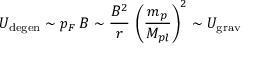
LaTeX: U _ { \mathrm { d e g e n } } \sim p _ { F } \, B \sim \frac { B ^ { 2 } } { r } \, \left( \frac { m _ { p } } { M _ { p l } } \right) ^ { 2 } \sim U _ { \mathrm { g r a v } }